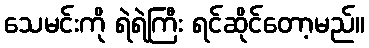
သေမင်းကို ရဲရဲကြီး ရင်ဆိုင်တော့မည်။